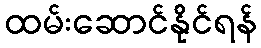
ထမ်းဆောင်နိုင်ရန်